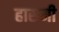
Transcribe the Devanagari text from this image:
हासमी